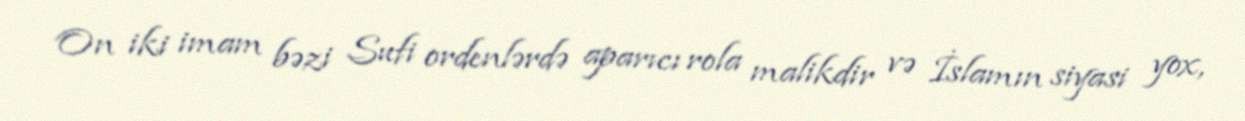
On iki imam bəzi Sufi ordenlərdə aparıcı rola malikdir və İslamın siyasi yox,